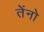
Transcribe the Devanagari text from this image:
तेंनो